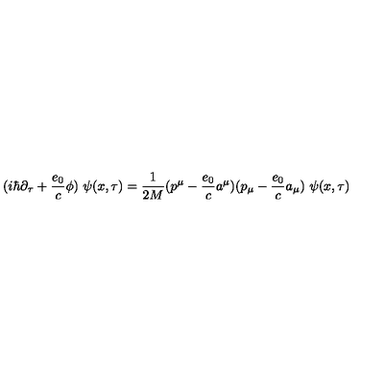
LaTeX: ( i \hbar \partial _ { \tau } + \frac { e _ { 0 } } { c } \phi ) \ \psi ( x , \tau ) = \frac { 1 } { 2 M } ( p ^ { \mu } - \frac { e _ { 0 } } { c } a ^ { \mu } ) ( p _ { \mu } - \frac { e _ { 0 } } { c } a _ { \mu } ) \ \psi ( x , \tau )